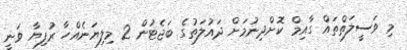
މި ވަސީލަތްތައް ގާއިމް ކޮށްދިނުމަށް ދައުލަތުގެ ބަޖެޓުން 2 މިލިޔަނެއްހާ ރުފިޔާ ވަނީ